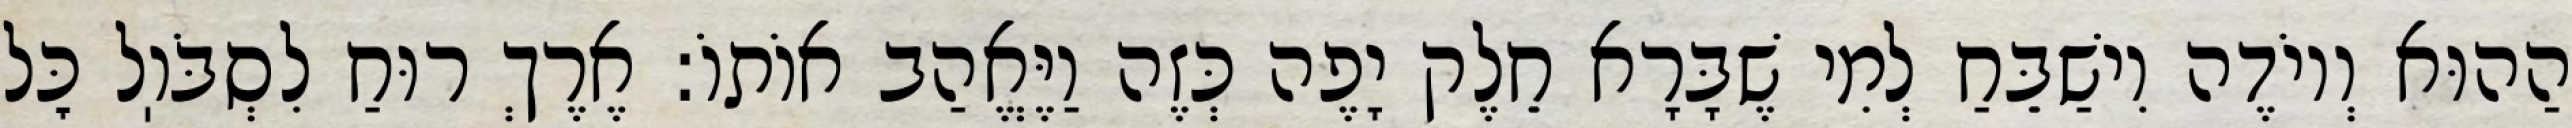
הַהוּא וְיוֹדֶה וִישַׁבֵּחַ לְמִי שֶׁבָּרָא חֵלֶק יָפֶה כְּזֶה וַיֶּאֱהַב אוֹתוֹ: אֶרֶךְ רוּחַ לִסְבֹּוֽל כׇּל